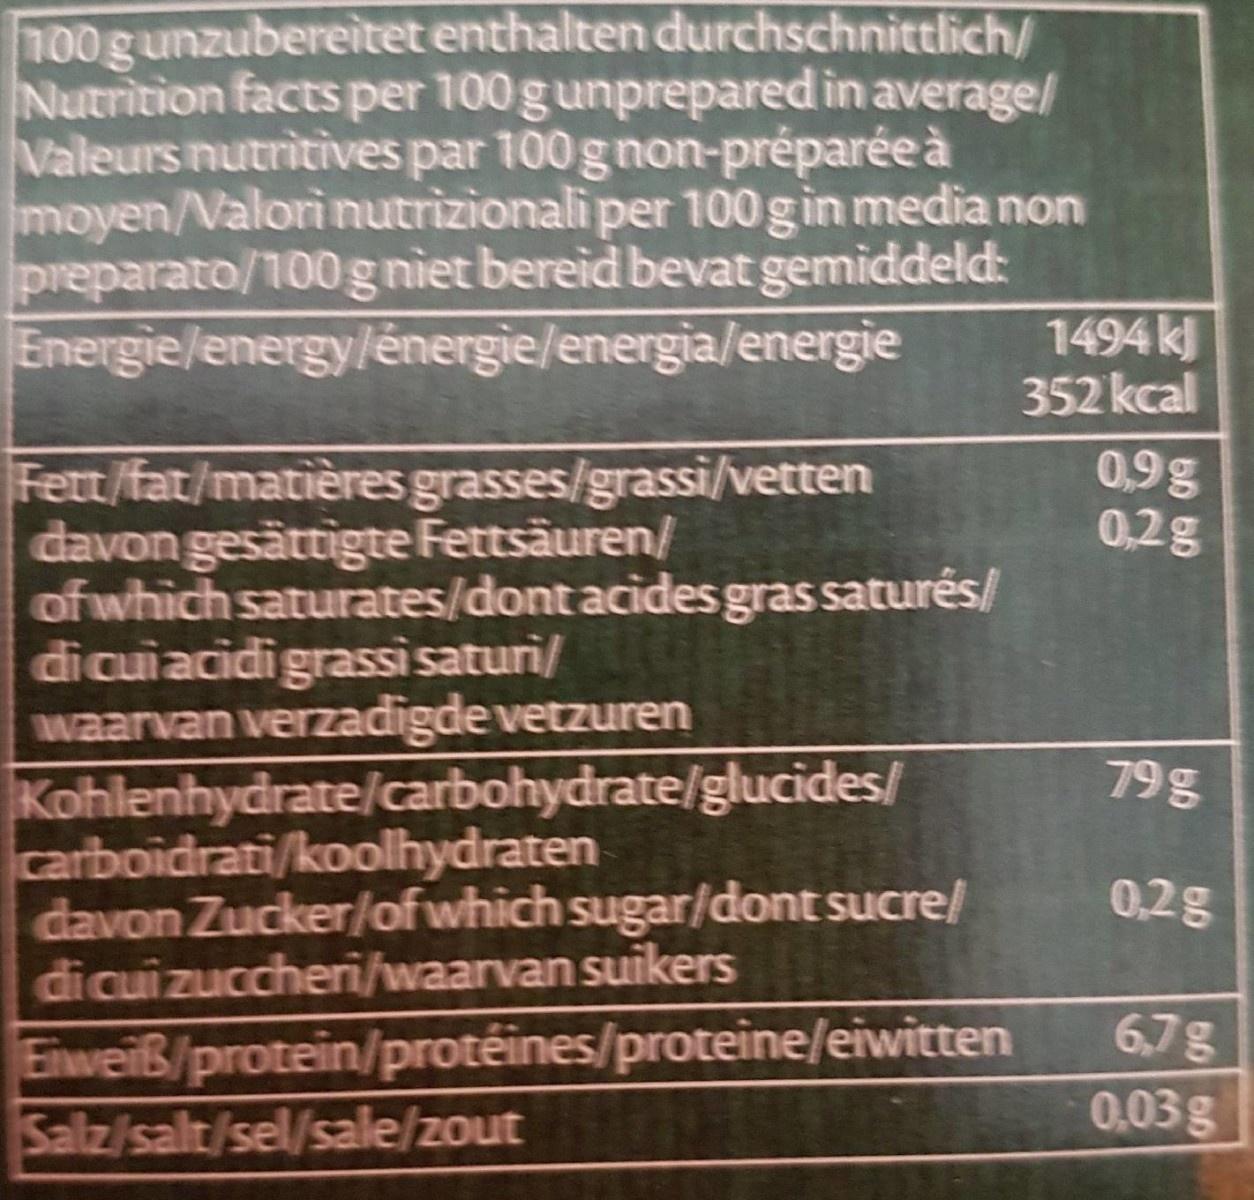
100gunzubereitet enthalten durchschnittlich/ Nutrition facts per 100gunprepared in average/ Valeurs nutritives par 100gnon-préparée à moyen/Valori nutrizionali per 100 gin media non preparato/100g niet bereid bevat gemiddeld: Energie/energy/énergie/energia/energie
1494 kJ 352 kcal
0,9g 0,2g
Fett/fat/matières grasses/grassi/vetten davon gesättigte Fettsäuren/ of which saturates/dont acides gras saturés/ dicuiacidigrassi saturi/ waarvan verzadigde vetzuren Kohlenhydrate/carbohydrate/glucides/ carboidrati/koolhydraten davon Zucker/of which sugar/dont sucre/ dicuizuccheri/waarvan suikers
79g
0,2g
Eiweiß/protein/protéines/proteine/eiwitten Salz/salt/sel/sale/zout
6,7g 0,03g